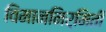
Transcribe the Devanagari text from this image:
विमाननिर्मिती